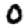
Digit: 0